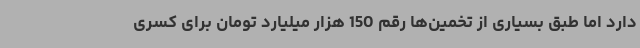
دارد اما طبق بسیاری از تخمین‌ها رقم 150 هزار میلیارد تومان برای کسری